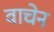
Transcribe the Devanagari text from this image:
वाचेन